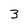
Character: 3